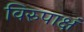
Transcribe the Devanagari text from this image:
विरुपाक्षं